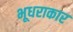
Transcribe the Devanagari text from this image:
भूधराकार